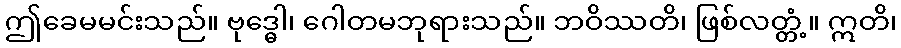
ဤခေမမင်းသည်။ ဗုဒ္ဓေါ၊ ဂေါတမဘုရားသည်။ ဘဝိဿတိ၊ ဖြစ်လတ္တံ့။ ဣတိ၊